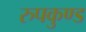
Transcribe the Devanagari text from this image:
रुपकुण्ड